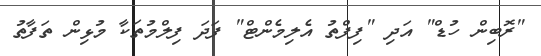
"ރޮބިން ހުޑް" އަދި "ފިފްތު އެލިމެންޓް" ފަދަ ފިލްމުތަކާ މުޅިން ތަފާތު